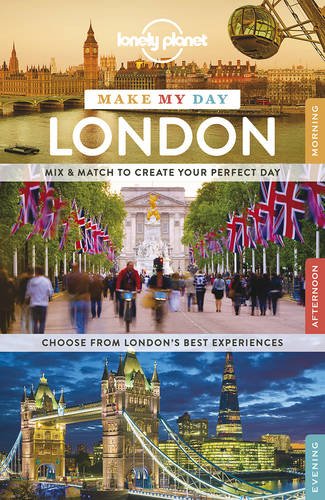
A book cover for Lonely Planet Make My Day London (Travel Guide); Lonely Planet; Travel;